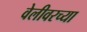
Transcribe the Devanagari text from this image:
वेलीवरच्या